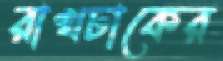
রাখঢাকের